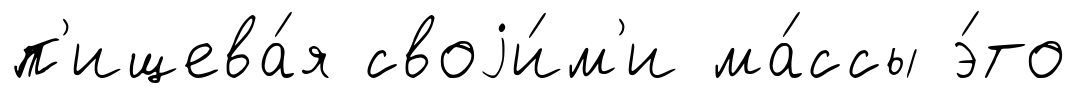
п'ищева́я своjи́м'и ма́ссы э́то